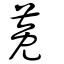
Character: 莬